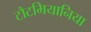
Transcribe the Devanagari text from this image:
टौटमियानिया